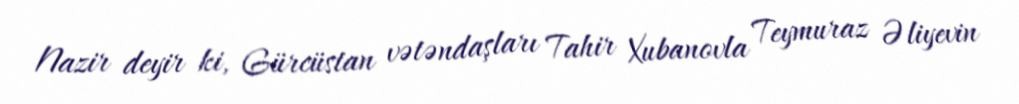
Nazir deyir ki, Gürcüstan vətəndaşları Tahir Xubanovla Teymuraz Əliyevin